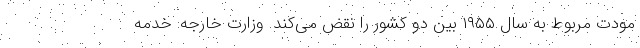
مودت مربوط به سال ۱۹۵۵ بین دو کشور را نقض می‌کند. وزارت خارجه: خدمه